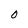
Character: O